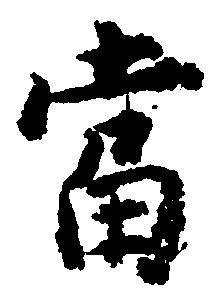
当